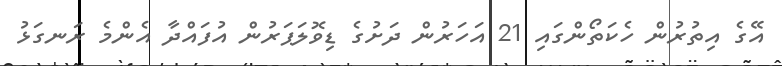
އޭގެ އިތުރުން ހެކަތޯންގައި 21 އަހަރުން ދަށުގެ ޑިވޮލަޕަރުން އުފައްދާ އެންމެ ރަނގަޅު